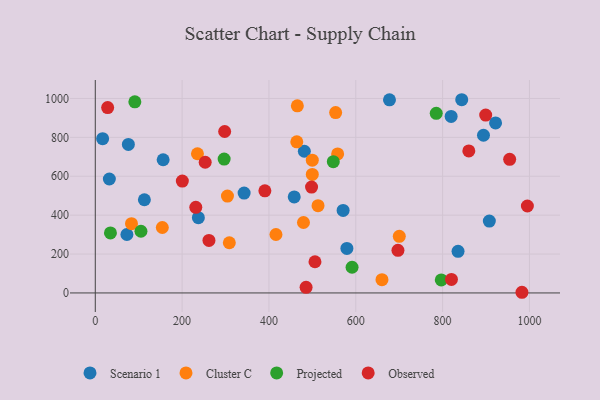
{"axis": {"x": "Speed", "y": "Fuel Efficiency"}, "legend": ["Cluster C", "Observed", "Projected", "Scenario 1"], "data": [{"x": "835.5", "y": 214.2, "type": "Scenario 1"}, {"x": "481.5", "y": 728.7, "type": "Scenario 1"}, {"x": "844.0", "y": 993.6, "type": "Scenario 1"}, {"x": "76.2", "y": 763.9, "type": "Scenario 1"}, {"x": "342.8", "y": 513.5, "type": "Scenario 1"}, {"x": "570.8", "y": 424.1, "type": "Scenario 1"}, {"x": "921.9", "y": 874.4, "type": "Scenario 1"}, {"x": "458.2", "y": 493.9, "type": "Scenario 1"}, {"x": "819.6", "y": 907.7, "type": "Scenario 1"}, {"x": "894.1", "y": 810.8, "type": "Scenario 1"}, {"x": "579.5", "y": 229.0, "type": "Scenario 1"}, {"x": "907.6", "y": 369.3, "type": "Scenario 1"}, {"x": "677.6", "y": 992.9, "type": "Scenario 1"}, {"x": "237.4", "y": 386.9, "type": "Scenario 1"}, {"x": "113.1", "y": 479.3, "type": "Scenario 1"}, {"x": "72.8", "y": 300.4, "type": "Scenario 1"}, {"x": "16.9", "y": 793.4, "type": "Scenario 1"}, {"x": "156.3", "y": 684.8, "type": "Scenario 1"}, {"x": "32.4", "y": 586.0, "type": "Scenario 1"}, {"x": "700.2", "y": 291.0, "type": "Cluster C"}, {"x": "558.2", "y": 714.8, "type": "Cluster C"}, {"x": "154.4", "y": 336.6, "type": "Cluster C"}, {"x": "553.6", "y": 927.3, "type": "Cluster C"}, {"x": "235.3", "y": 715.7, "type": "Cluster C"}, {"x": "479.5", "y": 362.3, "type": "Cluster C"}, {"x": "416.1", "y": 300.6, "type": "Cluster C"}, {"x": "660.3", "y": 68.0, "type": "Cluster C"}, {"x": "499.8", "y": 682.8, "type": "Cluster C"}, {"x": "308.7", "y": 258.0, "type": "Cluster C"}, {"x": "304.4", "y": 497.9, "type": "Cluster C"}, {"x": "499.8", "y": 609.7, "type": "Cluster C"}, {"x": "464.1", "y": 776.9, "type": "Cluster C"}, {"x": "513.0", "y": 448.9, "type": "Cluster C"}, {"x": "83.4", "y": 356.1, "type": "Cluster C"}, {"x": "465.4", "y": 962.3, "type": "Cluster C"}, {"x": "105.2", "y": 317.2, "type": "Projected"}, {"x": "548.2", "y": 674.9, "type": "Projected"}, {"x": "785.3", "y": 923.8, "type": "Projected"}, {"x": "296.8", "y": 688.3, "type": "Projected"}, {"x": "591.4", "y": 132.2, "type": "Projected"}, {"x": "34.9", "y": 308.7, "type": "Projected"}, {"x": "796.9", "y": 66.9, "type": "Projected"}, {"x": "91.1", "y": 982.8, "type": "Projected"}, {"x": "506.0", "y": 160.5, "type": "Observed"}, {"x": "697.1", "y": 219.2, "type": "Observed"}, {"x": "485.5", "y": 29.0, "type": "Observed"}, {"x": "253.1", "y": 672.0, "type": "Observed"}, {"x": "899.2", "y": 914.9, "type": "Observed"}, {"x": "995.2", "y": 447.1, "type": "Observed"}, {"x": "28.5", "y": 953.2, "type": "Observed"}, {"x": "982.7", "y": 3.4, "type": "Observed"}, {"x": "200.5", "y": 575.4, "type": "Observed"}, {"x": "261.8", "y": 270.2, "type": "Observed"}, {"x": "231.5", "y": 440.3, "type": "Observed"}, {"x": "820.3", "y": 69.3, "type": "Observed"}, {"x": "298.0", "y": 830.2, "type": "Observed"}, {"x": "390.6", "y": 525.3, "type": "Observed"}, {"x": "860.3", "y": 730.4, "type": "Observed"}, {"x": "498.1", "y": 544.2, "type": "Observed"}, {"x": "954.4", "y": 687.2, "type": "Observed"}]}